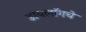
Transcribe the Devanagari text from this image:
डॉयलॉगचे